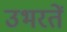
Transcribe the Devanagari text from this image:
उभरतें